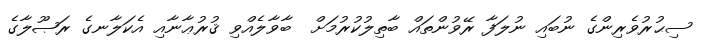
ސިޙުރުވެރިންގެ ނުބައި ނުލަފާ ރޭވުންތައް ބާތިލުކުރުމަށް  ބާވާލެއްވި ޤުރުޢާނާއި އެކަލާނގެ ރަޞޫލާގެ